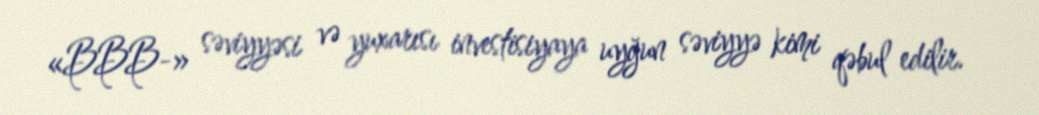
«BBB-» səviyyəsi və yuxarısı investisiyaya uyğun səviyyə kimi qəbul edilir.